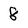
Character: 8